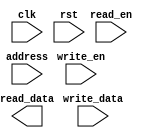
module ddr_controller(
  input wire clk,
  input wire rst,
  input wire read_en,
  input wire write_en,
  input wire [31:0] address,
  input wire [15:0] write_data,
  output wire [15:0] read_data
);

reg [15:0] memory [0:65535];
reg [15:0] read_data_reg;
reg read_data_valid;

// Address decoding
reg [1:0] bank;
reg [13:0] row;
reg [9:0] column;

// Command generation
reg [3:0] command;
reg [15:0] data_out;

// Refresh operation
reg [12:0] refresh_counter;

// Logic for handling read and write operations
always @(posedge clk) begin
  if (rst) begin
    // Reset logic here
  end else begin
    // Read operation
    if (read_en) begin
      read_data_reg <= memory[address[15:0]];
      read_data_valid <= 1'b1;
    end else begin
      read_data_valid <= 1'b0;
    end

    // Write operation
    if (write_en) begin
      memory[address[15:0]] <= write_data;
    end

    // Additional logic for data transfer sequencing
  end
end

// Additional logic for refresh operation

endmodule